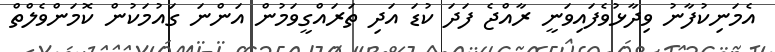
އެމަނިކުފާނު ވިދާޅުވެފައިވަނީ ރާއްޖެ ފަދަ ކުޑަ އަދި ތަރައްގީވަމުން އަންނަ ގައުމަކުން ކޮމަންވެލްތް